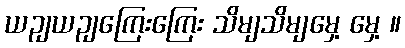
ယဉျယဉျကြေးကြေး သိမျသိမျမှေ့ မှေ့ ။